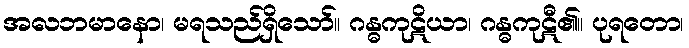
အလဘမာနော၊ မရသည်ရှိသော်။ ဂန္ဓကုဋိယာ၊ ဂန္ဓကုဋီ၏။ ပုရတော၊